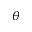
\theta